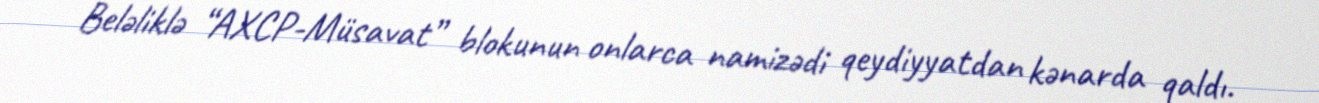
Beləliklə “AXCP-Müsavat” blokunun onlarca namizədi qeydiyyatdan kənarda qaldı.